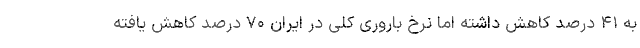
به ۴۱ درصد کاهش داشته اما نرخ باروری کلی در ایران ۷۰ درصد کاهش یافته